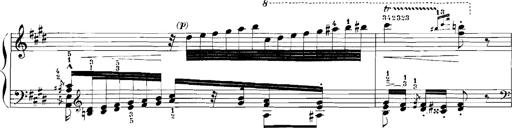
Title: Rhapsodies hongroises
Composer: Franz Liszt